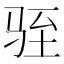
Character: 𫘠